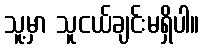
သူ့မှာ သူငယ်ချင်းမရှိပါ။